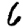
Digit: 6